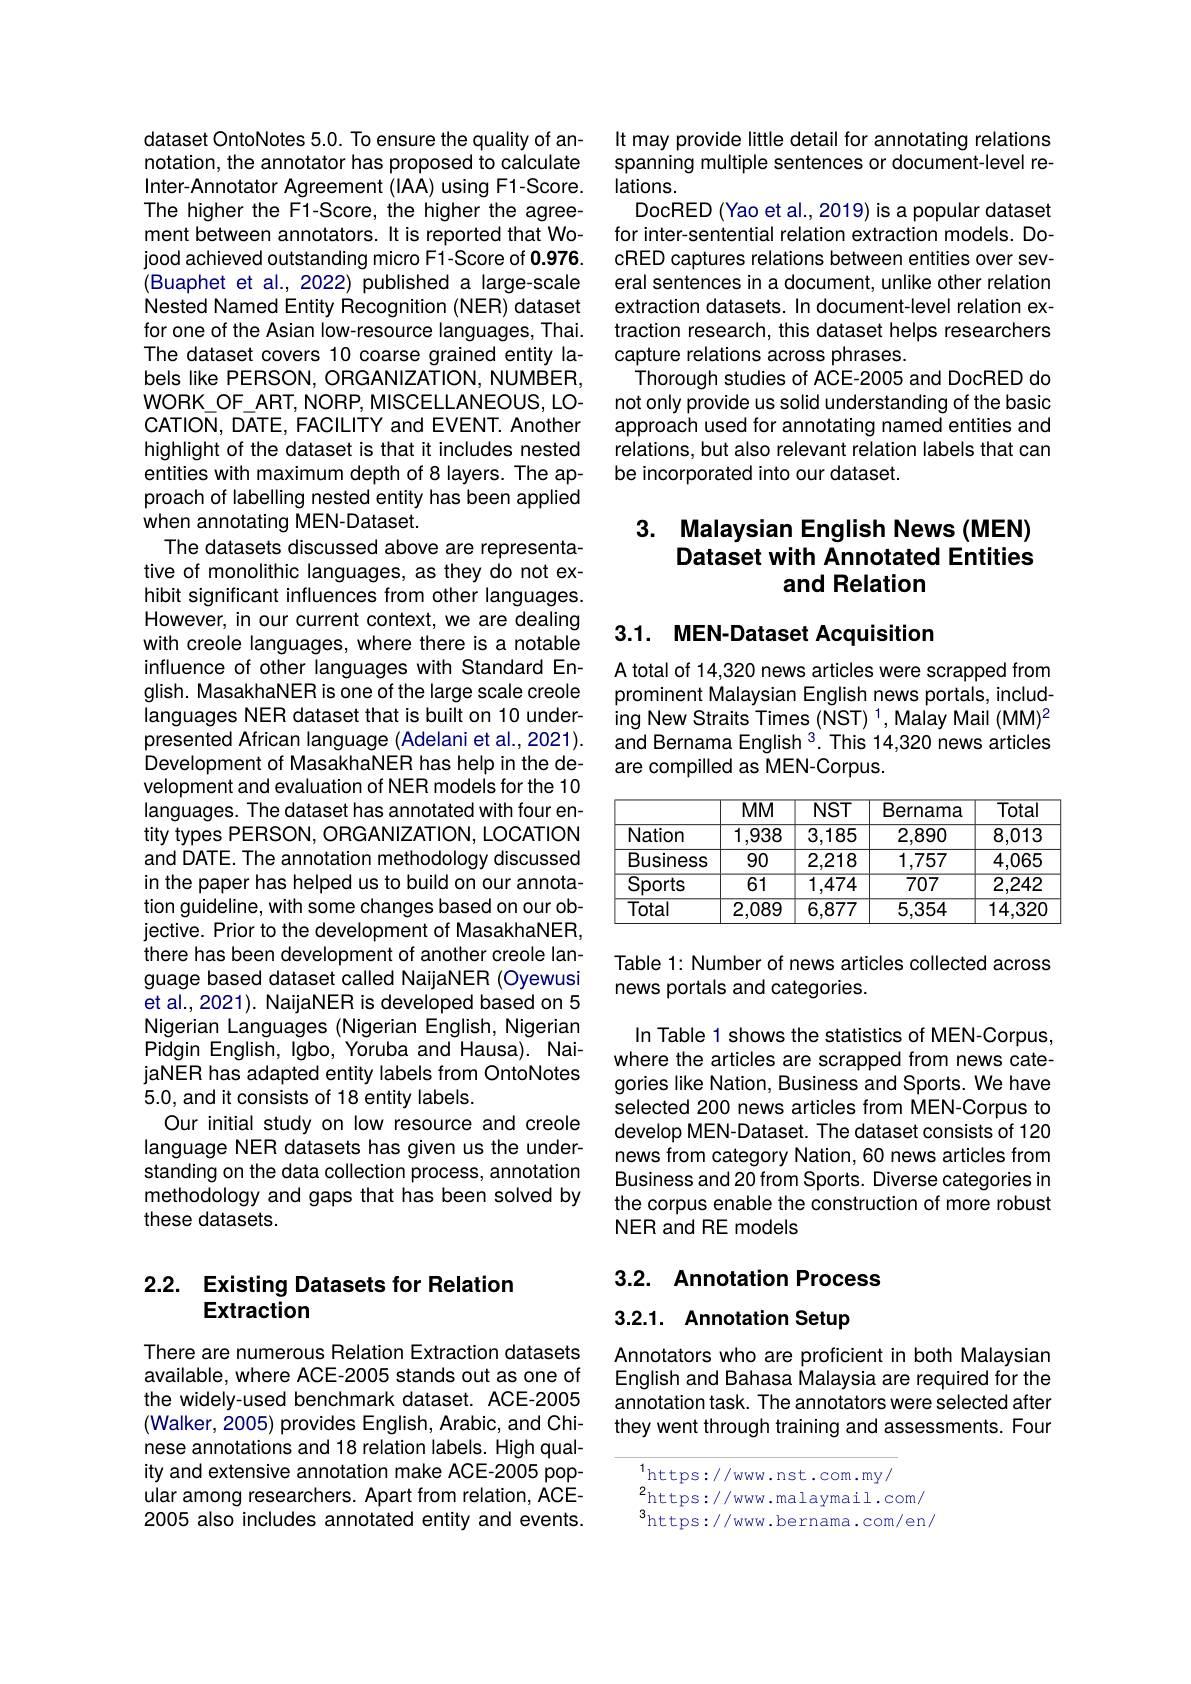
dataset OntoNotes 5.0. To ensure the quality of annotation, the annotator has proposed to calculate Inter-Annotator Agreement (IAA) using F1-Score. The higher the F1-Score, the higher the agreement between annotators. It is reported that Wojood achieved outstanding micro F1-Score of 0.976. (Buaphet et al., 2022) published a large-scale Nested Named Entity Recognition (NER) dataset for one of the Asian low-resource languages, Thai. The dataset covers 10 coarse grained entity labels like PERSON, ORGANIZATION, NUMBER, WORK\_OF\_ART, NORP, MISCELLANEOUS, LOCATION, DATE, FACILITY and EVENT. Another highlight of the dataset is that it includes nested entities with maximum depth of 8 layers. The approach of labelling nested entity has been applied when annotating MEN-Dataset.
The datasets discussed above are representative of monolithic languages, as they do not exhibit significant influences from other languages. However, in our current context, we are dealing with creole languages, where there is a notable influence of other languages with Standard English. MasakhaNER is one of the large scale creole languages NER dataset that is built on 10 underpresented African language (Adelani et al., 2021). Development of MasakhaNER has help in the development and evaluation of NER modeis for the 10 languages. The dataset has annotated with four entity types PERSON, ORGANIZATION, LOCATION and DATE. The annotation methodology discussed in the paper has helped us to build on our annotation guideline, with some changes based on our objective. Prior to the development of MasakhaNER, there has been development of another creole language based dataset called NaijaNER (Oyewusi et al., 2021). NaijaNER is developed based on 5 Nigerian Languages (Nigerian English, Nigerian Pidgin English, Igbo, Yoruba and Hausa). NaijaNER has adapted entity labels from OntoNotes 5.0, and it consists of 18 entity labels.
Our initial study on low resource and creole language NER datasets has given us the understanding on the data collection process, annotation methodology and gaps that has been solved by these datasets.

## 2.2. Existing Datasets for Relation Extraction

There are numerous Relation Extraction datasets available, where ACE-2005 stands out as one of the widely-used benchmark dataset. ACE-2005 (Walker, 2005) provides English, Arabic, and Chinese annotations and 18 relation labels. High quality and extensive annotation make ACE-2005 popular among researchers. Apart from relation, ACE- 2005 also includes annotated entity and events.

It may provide little detail for annotating relations spanning multiple sentences or document-level re- $lations.$
DocRED (Yao et al., 2019) is a popular dataset for inter-sentential relation extraction models. DocRED captures relations between entities over several sentences in a document, unlike other relation extraction datasets. In document-level relation extraction research, this dataset helps researchers capture relations across phrases.
Thorough studies of ACE-2005 and DocRED do not only provide us solid understanding of the basic approach used for annotating named entities and relations, but also relevant relation labels that can be incorporated into our dataset.

# 3. Malaysian English News (MEN) Dataset with Annotated Entities and Relation

## 3.1. MEN-Dataset Acquisition

A total of 14,320 news articles were scrapped from prominent Malaysian English news portals, including New Straits Times (NST) 1, Malay Mail (MM)2 and Bernama English $^3.$ This 14,320 news articles are compilled as MEN-Corpus.

<table>
	<tbody>
		<tr>
			<th> </th>
			<th>$MMM$</th>
			<th>$NST$</th>
			<th>Bernama</th>
			<th>Total</th>
		</tr>
		<tr>
			<td>Nation</td>
			<td>1,938</td>
			<td>3,185</td>
			<td>2,890</td>
			<td>8,013</td>
		</tr>
		<tr>
			<td>Business</td>
			<td>90</td>
			<td>2,218</td>
			<td>1,757</td>
			<td>4,065</td>
		</tr>
		<tr>
			<td>$\overline{\text{Sports}}$</td>
			<td>61</td>
			<td>1,474</td>
			<td>707</td>
			<td>2,242</td>
		</tr>
		<tr>
			<td>$\overline{\text{Total}}$</td>
			<td>2,089</td>
			<td>6,877</td>
			<td>5,354</td>
			<td>14,320</td>
		</tr>
	</tbody>
</table>

Table 1: Number of news articles collected across
news portals and categories.

In Table 1 shows the statistics of MEN-Corpus, where the articles are scrapped from news categories like Nation, Business and Sports. We have selected 200 news articles from MEN-Corpus to develop MEN-Dataset. The dataset consists of 120 news from category Nation, 60 news articles from Business and 20 from Sports. Diverse categories in the corpus enable the construction of more robust NER and RE models

# 3.2. Annotation Process

3.2.1. Annotation Setup

Annotators who are proficient in both Malaysian English and Bahasa Malaysia are required for the annotation task. The annotators were selected after they went through training and assessments. Four

$^{1}$https://www.nst.com.my/
2https: / / www. malaymail. com/ 3 $^{3}$https://www.bernama.com/en/